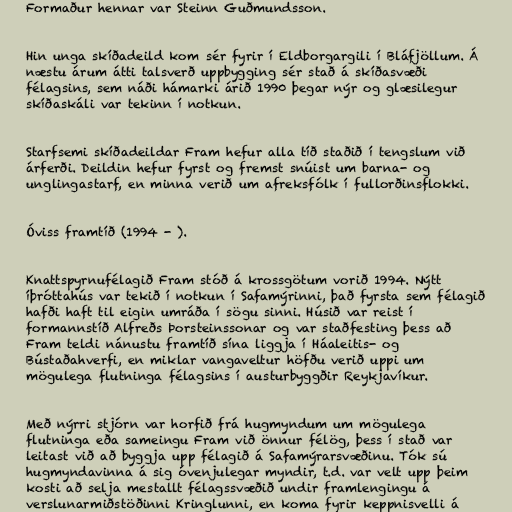
Formaður hennar var Steinn Guðmundsson.

Hin unga skíðadeild kom sér fyrir í Eldborgargili í Bláfjöllum. Á
næstu árum átti talsverð uppbygging sér stað á skíðasvæði
félagsins, sem náði hámarki árið 1990 þegar nýr og glæsilegur
skíðaskáli var tekinn í notkun.

Starfsemi skíðadeildar Fram hefur alla tíð staðið í tengslum við
árferði. Deildin hefur fyrst og fremst snúist um barna- og
unglingastarf, en minna verið um afreksfólk í fullorðinsflokki.

Óviss framtíð (1994 - ).

Knattspyrnufélagið Fram stóð á krossgötum vorið 1994. Nýtt
íþróttahús var tekið í notkun í Safamýrinni, það fyrsta sem félagið
hafði haft til eigin umráða í sögu sinni. Húsið var reist í
formannstíð Alfreðs Þorsteinssonar og var staðfesting þess að
Fram teldi nánustu framtíð sína liggja í Háaleitis- og
Bústaðahverfi, en miklar vangaveltur höfðu verið uppi um
mögulega flutninga félagsins í austurbyggðir Reykjavíkur.

Með nýrri stjórn var horfið frá hugmyndum um mögulega
flutninga eða sameingu Fram við önnur félög, þess í stað var
leitast við að byggja upp félagið á Safamýrarsvæðinu. Tók sú
hugmyndavinna á sig óvenjulegar myndir, t.d. var velt upp þeim
kosti að selja mestallt félagssvæðið undir framlengingu á
verslunarmiðstöðinni Kringlunni, en koma fyrir keppnisvelli á